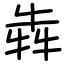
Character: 犇